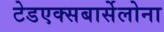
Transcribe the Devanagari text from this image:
टेडएक्सबार्सेलोना